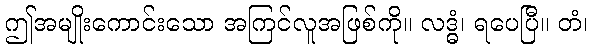
ဤအမျိုးကောင်းသော အကြင်လူအဖြစ်ကို။ လဒ္ဓံ၊ ရပေပြီ။ တံ၊